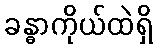
ခန္ဓာကိုယ်ထဲရှိ